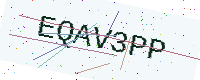
Text: EQAV3PP